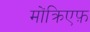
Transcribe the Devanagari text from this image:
मोंक्रिएफ़